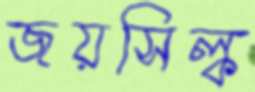
জয়সিল্ক